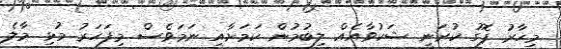
މިހާރު ފޮގު ކުރަނީ ޝަކުވާއެއް ލިބުމުން ކަމަށާއި ނަމަވެސް މިފަހަރު މުޅި މާލެ